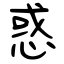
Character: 惑